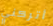
أتركني